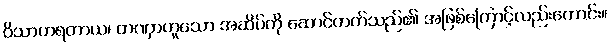
ဝိသာဟရတာယ၊ တဏှာဟူသော အဆိပ်ကို ဆောင်တတ်သည်၏ အဖြစ်ကြောင့်လည်းကောင်း။